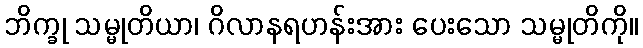
ဘိက္ခု သမ္မုတိယာ၊ ဂိလာနရဟန်းအား ပေးသော သမ္မုတိကို။